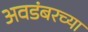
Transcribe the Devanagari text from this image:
अवडंबरच्या